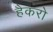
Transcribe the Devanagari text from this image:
हैकरो